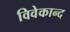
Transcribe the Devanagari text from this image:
विवेकान्‍द